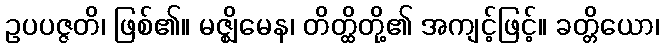
ဥပပဇ္ဇတိ၊ ဖြစ်၏။ မဇ္ဈိမေန၊ တိတ္ထိတို့၏ အကျင့်ဖြင့်။ ခတ္တိယော၊